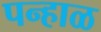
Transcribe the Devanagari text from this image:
पन्हाळ